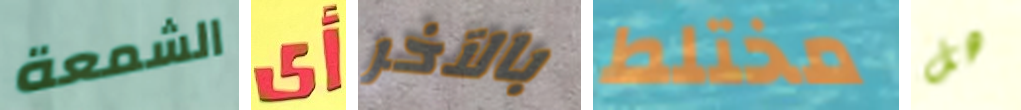
الشمعة أي بالآخر مختلط هل